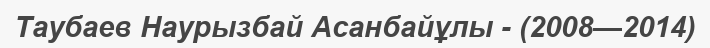
Таубаев Наурызбай Асанбайұлы - (2008—2014)